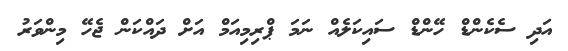
އަދި ސެކެންޑް ހޭންޑް ސައިކަލެއް ނަމަ ޕްރިމިއަމް އަށް ދައްކަން ޖެހޭ މިންވަރު